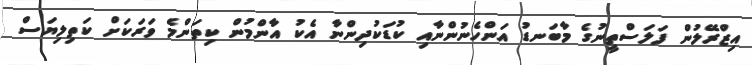
އިޒްރޭލުން ފަލަސްތީނުގެ މާބަނޑު އަންހެނުންނާއި ކުޑަކުދިންނާ އެކު އާންމުން ކިތަންމެ ވަރަކަށް ކަތިލިޔަސް